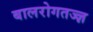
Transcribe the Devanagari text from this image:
बालरोगतज्‍ज्ञ